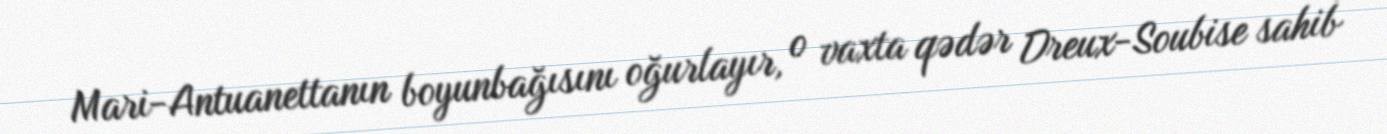
Mari-Antuanettanın boyunbağısını oğurlayır, o vaxta qədər Dreux-Soubise sahib